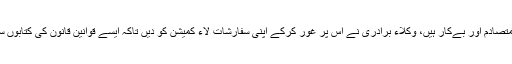
جسٹس ثاقب نثار کا مزید کہنا تھا کہ جب میں سیکریٹری قانون تھا تو دیکھا کہ کئی قوانین متصادم اور بےکار ہیں، وکلاء برادری نے اس پر غور کرکے اپنی سفارشات لاء کمیشن کو دیں تاکہ ایسے قوانین قانون کی کتابوں سے نکالے جاسکیں، قراردادیں تو منظور ہوجاتی ہیں لیکن اصل مسئلہ ان پر عملدرآمد کا ہے۔